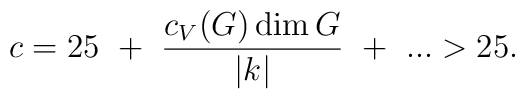
c=25~+~{c_V(G)\dim G\over|k|}~+~...>25.